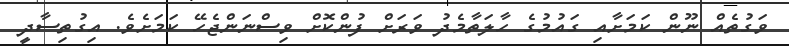
ވަގުތެއް ނޫން ކަމަށާއި ގައުމުގެ ހާލަތާމެދު ވަރަށް ފުންކޮށް ވިސްނަންޖެހޭ ކަމަށެވެ. އިގުތިސާދީ